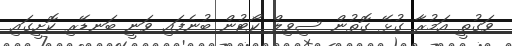
ވަގުތީ އަމުރާ ގުޅޭ ގޮތުން ސިވިލް ކޯޓުން ބުނެފައި ވަނީ ބަނޑޭރި ކޮށީގައި